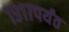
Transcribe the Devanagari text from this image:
१९१७पर्यंत